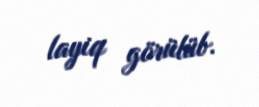
layiq görülüb.